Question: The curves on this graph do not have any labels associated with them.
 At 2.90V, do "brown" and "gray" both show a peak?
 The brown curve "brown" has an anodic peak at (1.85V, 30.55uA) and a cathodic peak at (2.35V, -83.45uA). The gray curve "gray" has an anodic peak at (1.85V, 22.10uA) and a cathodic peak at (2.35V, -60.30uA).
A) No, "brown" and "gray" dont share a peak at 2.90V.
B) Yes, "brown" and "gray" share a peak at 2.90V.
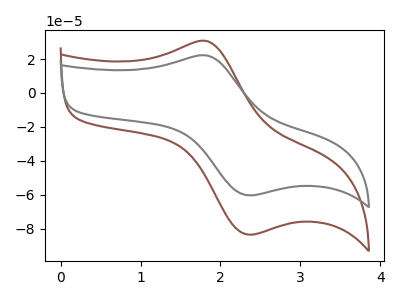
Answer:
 <answer>A) No, "brown" and "gray" dont share a peak at 2.90V.</answer>
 <eval>A</eval>